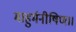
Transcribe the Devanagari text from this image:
माहुर्मनीषिण।।